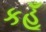
કહૂઁ